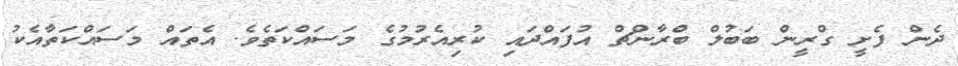
ދެން ފެށީ ގްރީން ބަބުލް ބްރާންޗް އުފައްދައި ކުރިއެރުމުގެ މަސައްކަތެވެ. އެތައް މަސައްކަތާއެކު